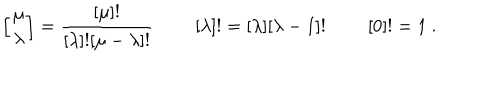
LaTeX: \left[ { \mu \atop \lambda } \right] = { \frac { [ \mu ] ! } { [ \lambda ] ! [ \mu - \lambda ] ! } } \ \qquad [ \lambda ] ! = [ \lambda ] [ \lambda - 1 ] ! \ \qquad [ 0 ] ! = 1 \ .